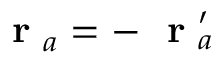
\mathrm { ~ \bf ~ r ~ } _ { a } = - \mathrm { ~ \bf ~ r ~ } _ { a } ^ { \prime }